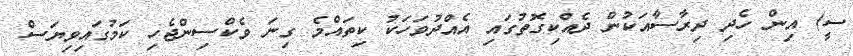
ސީ) އިން ހެދި ދިރާސާއަކުން ދެއްކިގޮތުގައި އެއްދުވަހަކު ކިތައްމެ ގިނަ ވެކްސިންޖެހި ކަމުގައިވިޔަސް